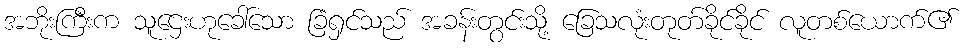
အဘိုးကြီးက သူဌေးဟုခေါ်သော ခြံရှင်သည် အခန်းတွင်းသို့ ခြေသလုံးတုတ်ခိုင်ခိုင် လူတစ်ယောက်၏